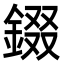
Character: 錣